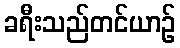
ခရီးသည်တင်ယာဉ်